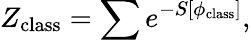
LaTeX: Z_{\mathrm{class}}=\sum e^{-S[\phi_{\mathrm{class}}]},